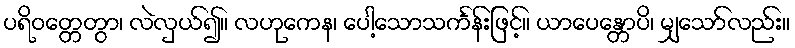
ပရိဝတ္တေတွာ၊ လဲလှယ်၍။ လဟုကေန၊ ပေါ့သောသင်္ကန်းဖြင့်။ ယာပေန္တောပိ၊ မျှသော်လည်း။